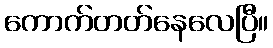
ကောက်တတ်နေလေပြီ။